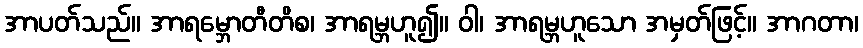
အာပတ်သည်။ အာရမ္ဘောတီတိစ၊ အာရမ္ဘဟူ၍။ ဝါ၊ အာရမ္ဘဟူသော အမှတ်ဖြင့်။ အာဂတာ၊